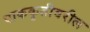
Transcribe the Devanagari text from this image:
पाककृतीवरील